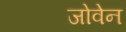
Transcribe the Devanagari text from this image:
जोवेन